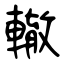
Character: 轍